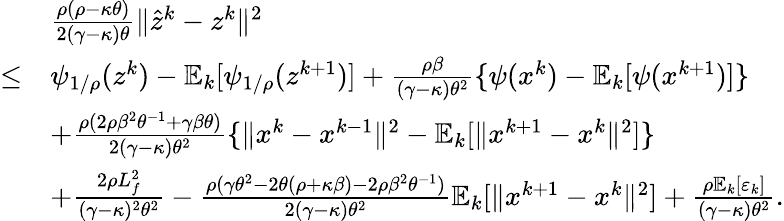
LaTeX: \begin{array}{rl}&{\frac{\rho(\rho-\kappa\theta)}{2(\gamma-\kappa)\theta}\| \hat{z}^{k}-z^{k}\| ^{2}}\\ {\leq}&{\psi_{1/\rho}(z^{k})-\mathbb{E}_{k}[\psi_{1/\rho}(z^{k+1})]+\frac{\rho\beta}{(\gamma-\kappa)\theta^{2}}\{ \psi(x^{k})-\mathbb{E}_{k}[\psi(x^{k+1})]\} }\\ &{+\frac{\rho(2\rho\beta^{2}\theta^{-1}+\gamma\beta\theta)}{2(\gamma-\kappa)\theta^{2}}\{ \| x^{k}-x^{k-1}\| ^{2}-\mathbb{E}_{k}[\| x^{k+1}-x^{k}\| ^{2}]\} }\\ &{+\frac{2\rho L_{f}^{2}}{(\gamma-\kappa)^{2}\theta^{2}}-\frac{\rho(\gamma\theta^{2}-2\theta(\rho+\kappa\beta)-2\rho\beta^{2}\theta^{-1})}{2(\gamma-\kappa)\theta^{2}}\mathbb{E}_{k}[\| x^{k+1}-x^{k}\| ^{2}]+\frac{\rho\mathbb{E}_{k}[\varepsilon_{k}]}{(\gamma-\kappa)\theta^{2}}.}\end{array}